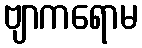
ဗျာကရောမ